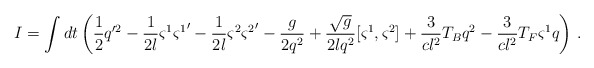
\begin{align*}I = \int dt \left(\frac 12 q'^2 - \frac{1}{2l}\varsigma^1{\varsigma^1}' - \frac{1}{2l}\varsigma^2{\varsigma^2}' - \frac{g}{2q^2} + \frac{\sqrt g}{2lq^2} [\varsigma^1, \varsigma^2] + \frac{3}{cl^2}T_B q^2 - \frac{3}{cl^2} T_F \varsigma^1 q\right)\,. \end{align*}